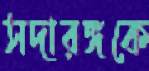
সদারঙ্গকে